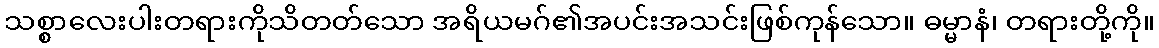
သစ္စာလေးပါးတရားကိုသိတတ်သော အရိယမဂ်၏အပင်းအသင်းဖြစ်ကုန်သော။ ဓမ္မာနံ၊ တရားတို့ကို။